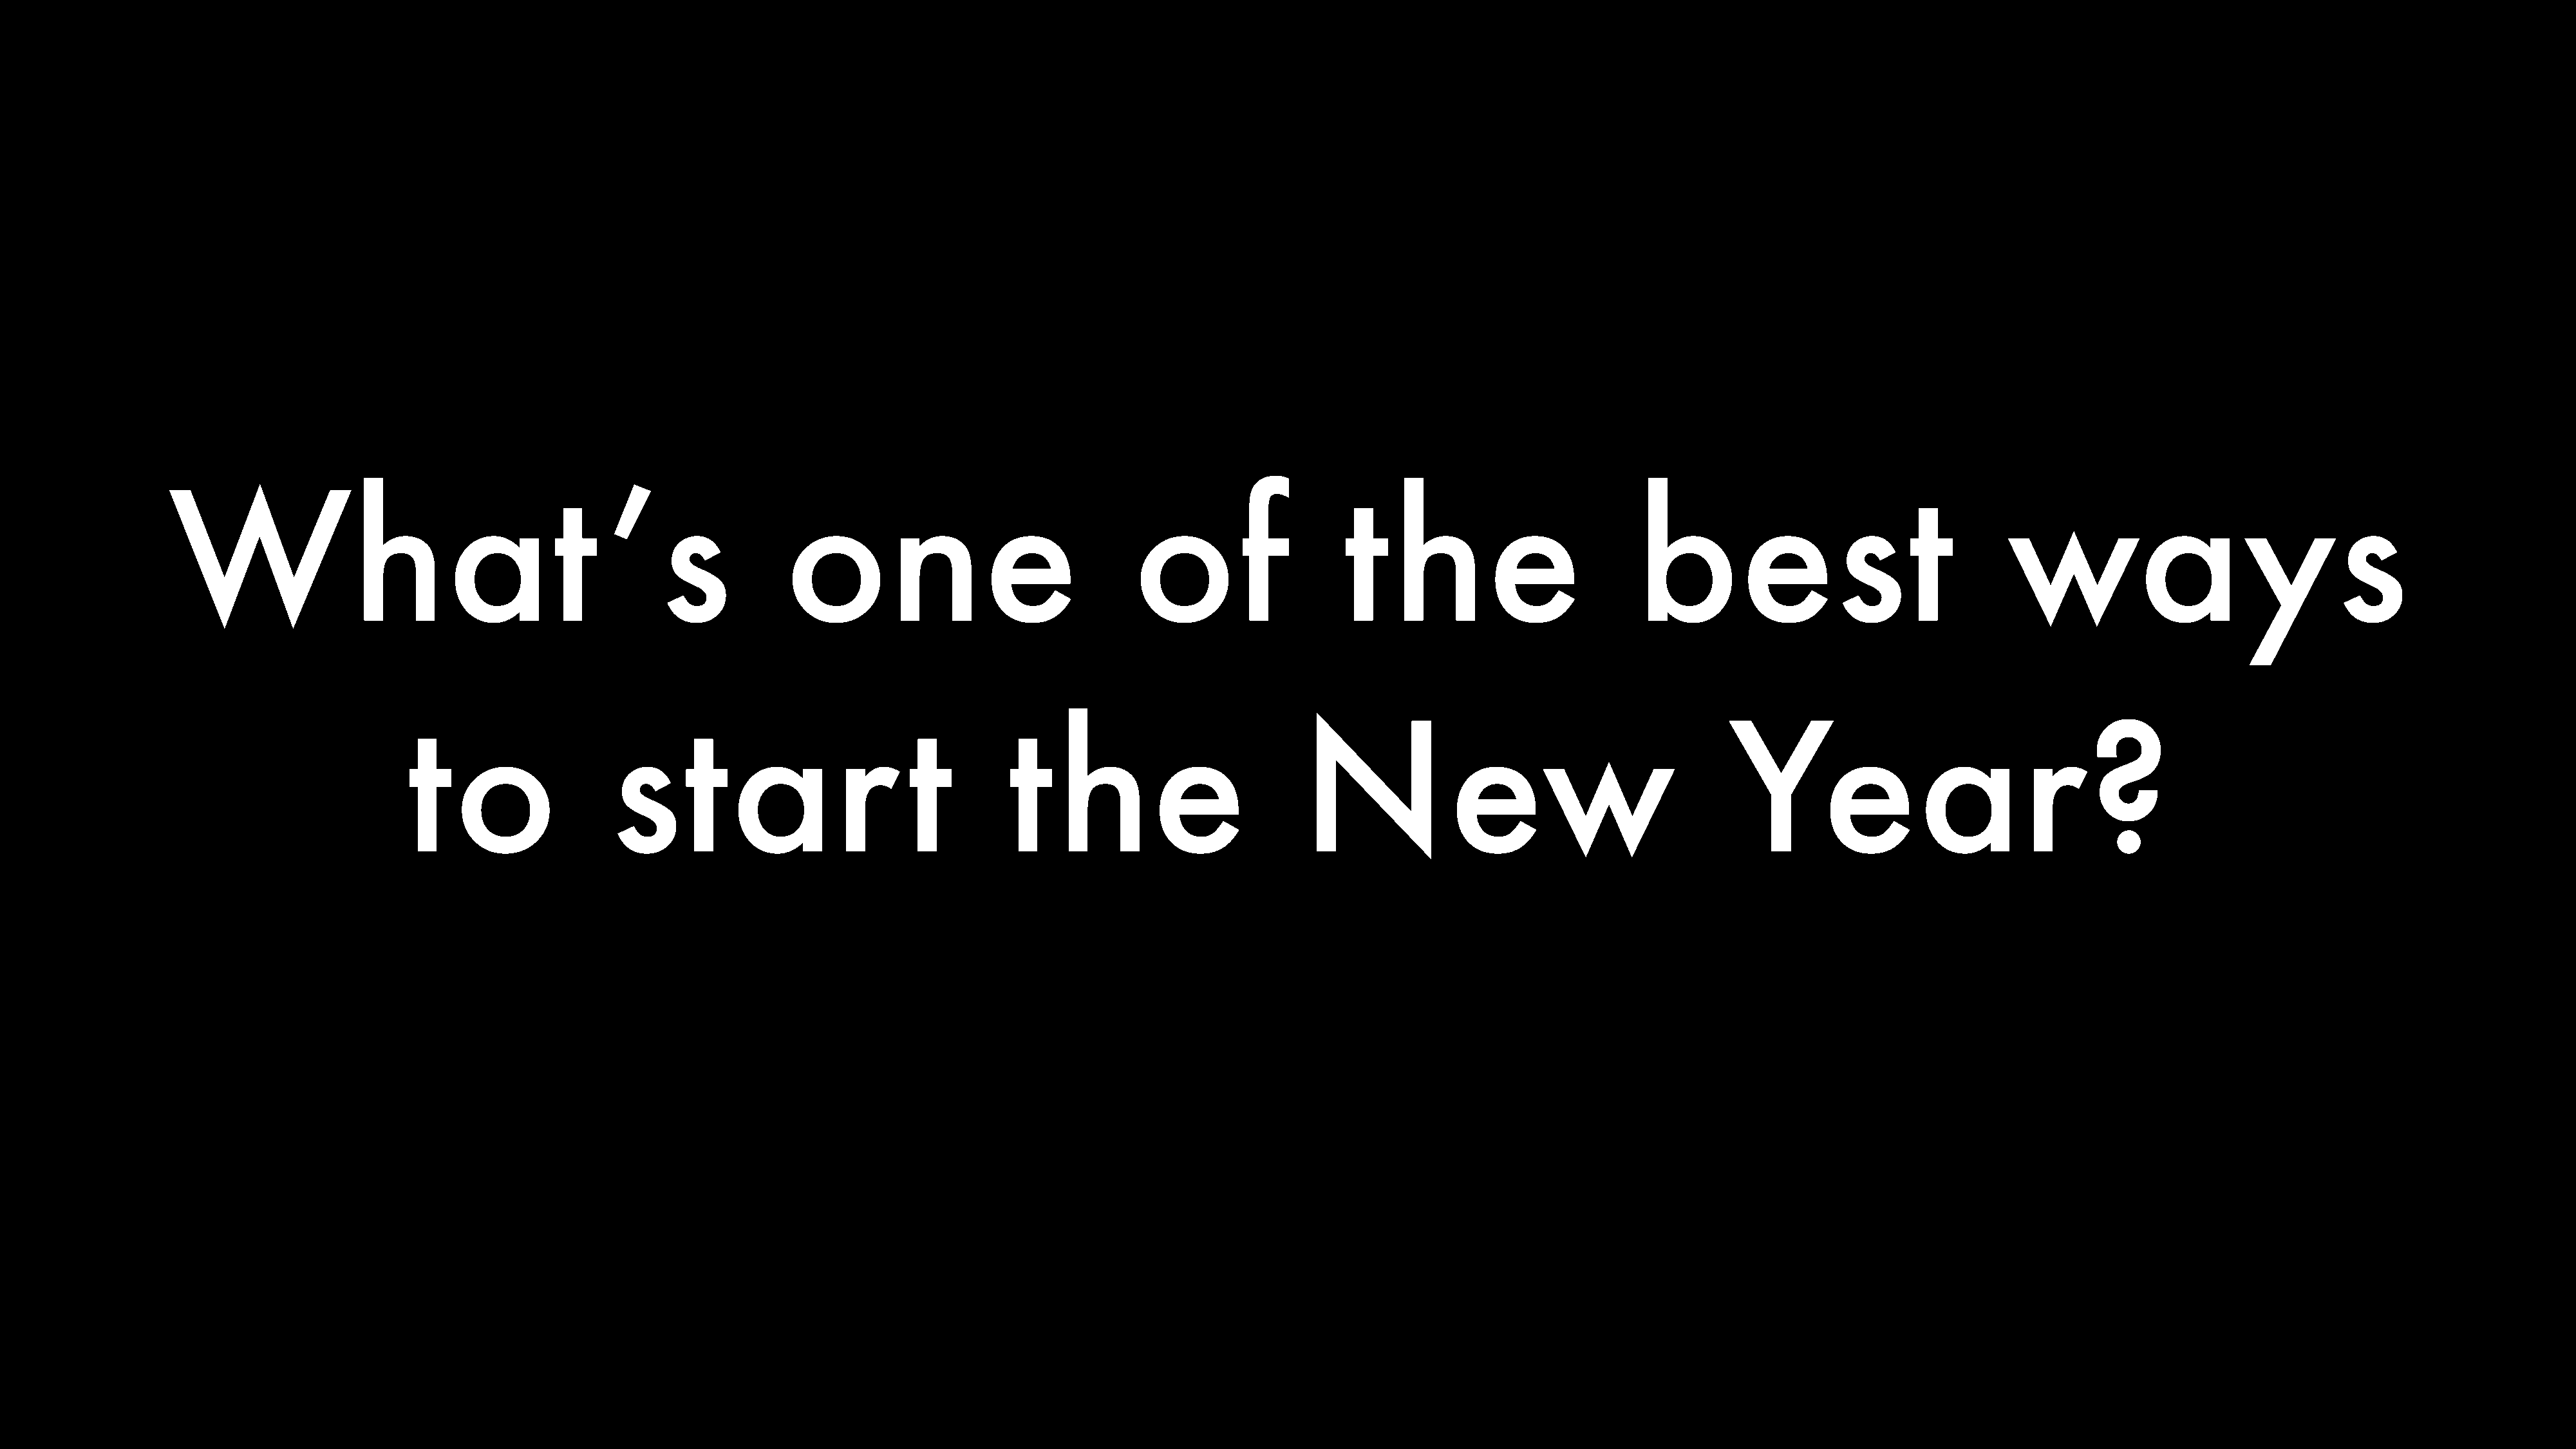
What                                         ’s                 one                                of                    the                           best                                  ways
 to                   star                          t         the                            New                                         Year?